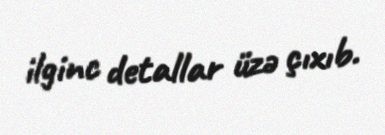
ilginc detallar üzə çıxıb.